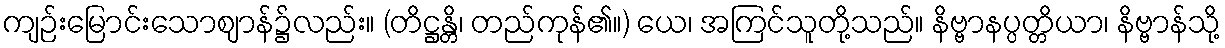
ကျဉ်းမြောင်းသောဈာန်၌လည်း။ (တိဋ္ဌန္တိ၊ တည်ကုန်၏။) ယေ၊ အကြင်သူတို့သည်။ နိဗ္ဗာနပ္ပတ္တိယာ၊ နိဗ္ဗာန်သို့